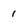
Character: 1